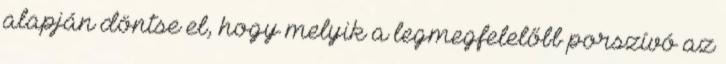
alapján döntse el, hogy melyik a legmegfelelőbb porszívó az